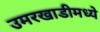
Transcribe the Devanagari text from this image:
उमरखाडीमध्ये